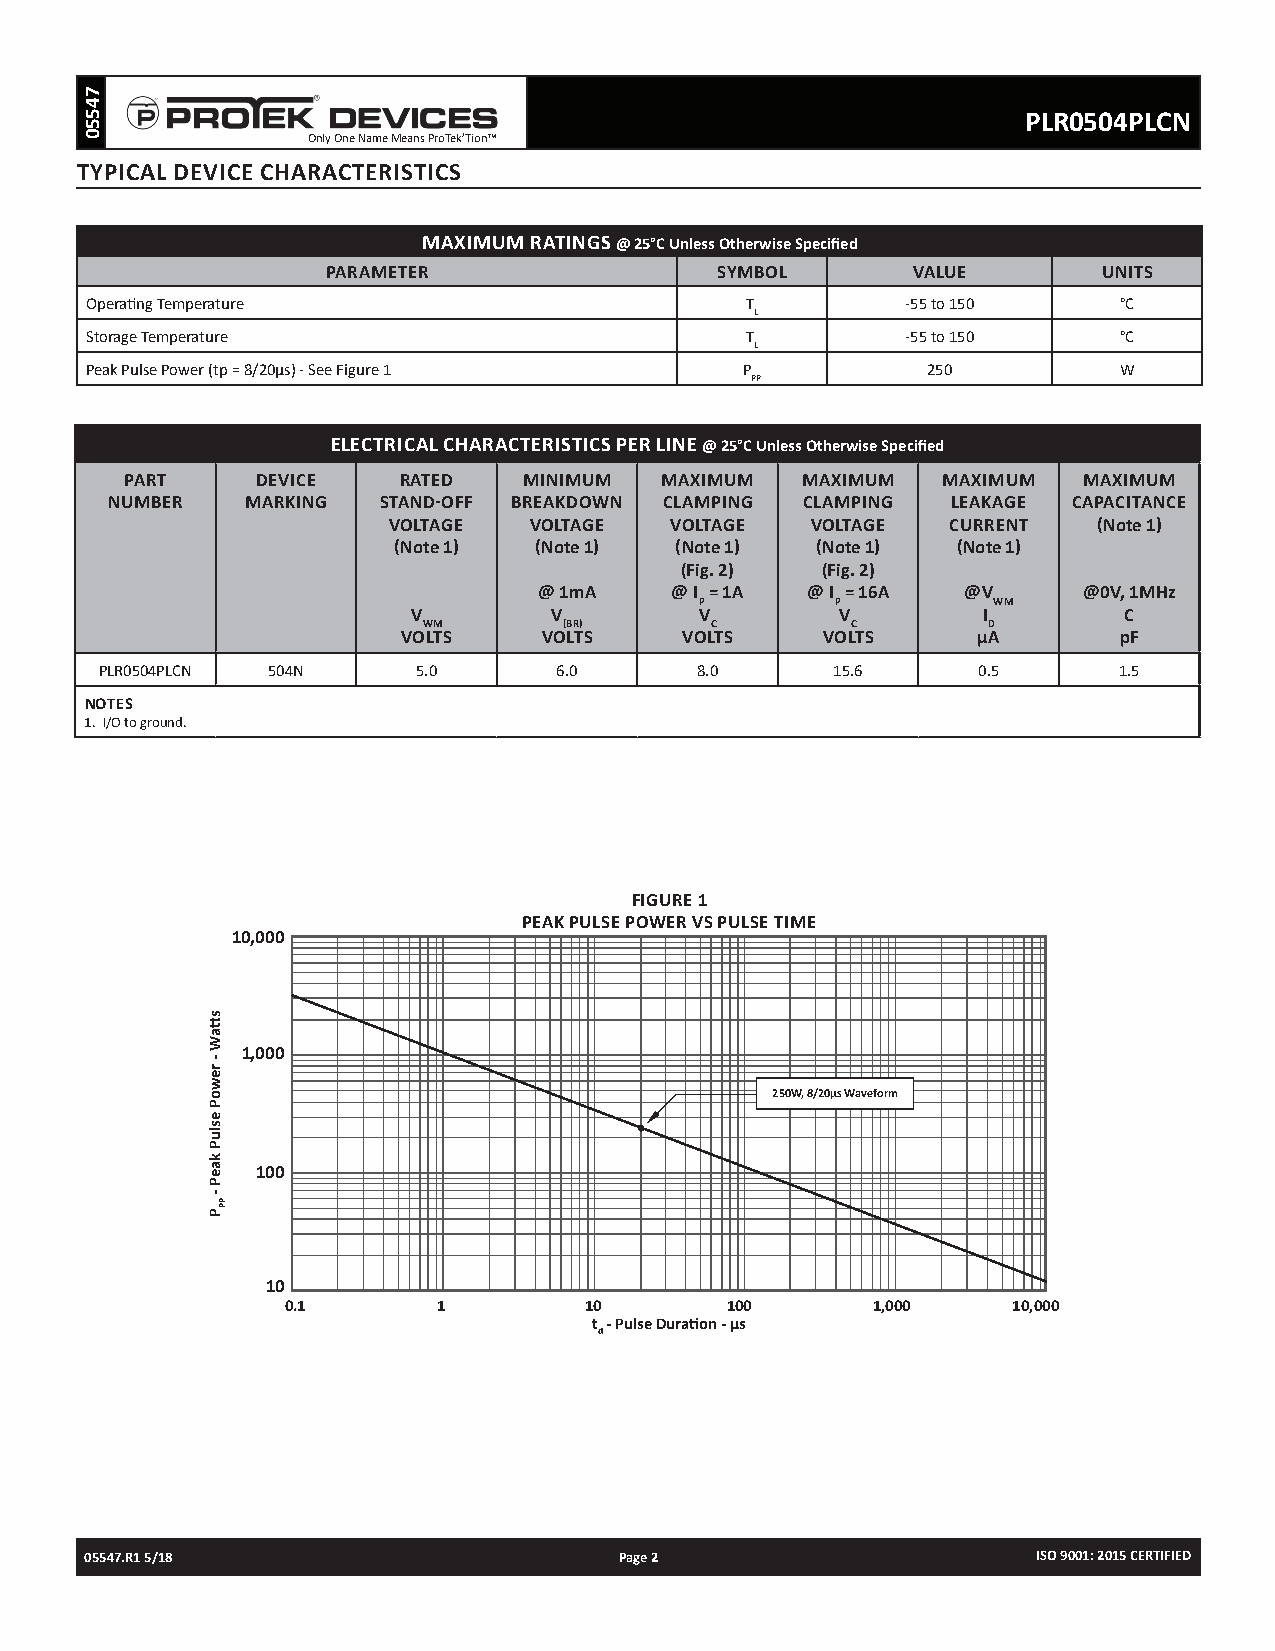
PLR0504PLCN
 Only One Name Means ProTek’Tion™
 TYPICAL DEVICE CHARACTERISTICS
 MAXIMUM RATINGS @ 25°C Unless Otherwise Specified
 PARAMETER                SYMBOL       VALUE        UNITS
 Operating Temperature                      T          -55 to 150    °C
 L
 Storage Temperature                        T          -55 to 150    °C
 L
 Peak Pulse Power (tp = 8/20µs) - See Figure 1 P        250          W
 PP
 ELECTRICAL CHARACTERISTICS PER LINE @ 25°C Unless Otherwise Specified
 PART     DEVICE   RATED    MINIMUM  MAXIMUM  MAXIMUM  MAXIMUM   MAXIMUM
 NUMBER   MARKING  STAND-OFF BREAKDOWN CLAMPING CLAMPING LEAKAGE CAPACITANCE
 VOLTAGE  VOLTAGE  VOLTAGE   VOLTAGE  CURRENT   (Note 1)
 (Note 1) (Note 1)  (Note 1) (Note 1) (Note 1)
 (Fig. 2) (Fig. 2)
 @ 1mA   @ I = 1A @ I = 16A  @V      @0V, 1MHz
 P        P          WM
 V         V        V         V        I        C
 WM       (BR)      C        C        D
 VOLTS    VOLTS    VOLTS    VOLTS      µA       pF
 PLR0504PLCN 504N     5.0      6.0      8.0      15.6      0.5      1.5
 NOTES
 1. I/O to ground.
 FIGURE 1
 PEAK PULSE POWER VS PULSE TIME
 10,000
 1,000
 250W, 8/20µs Waveform
 100
 10
 0.1       1         10       100       1,000    10,000
 t - Pulse Duration - µs
 d
 05547.R1 5/18                      Page 2                      ISO 9001: 2015 CERTIFIED
 74550
 sttaW
 -
 rewoP
 esluP
 kaeP
 -
 P
 PP